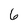
Character: 6